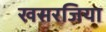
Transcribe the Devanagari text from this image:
खसरजिया